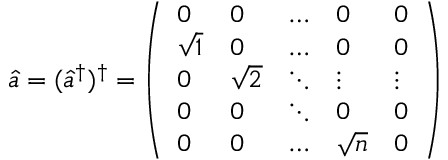
\hat { a } = ( \hat { a } ^ { \dagger } ) ^ { \dagger } = \left( \begin{array} { l l l l l } { 0 } & { 0 } & { \dots } & { 0 } & { 0 } \\ { \sqrt { 1 } } & { 0 } & { \dots } & { 0 } & { 0 } \\ { 0 } & { \sqrt { 2 } } & { \ddots } & { \vdots } & { \vdots } \\ { 0 } & { 0 } & { \ddots } & { 0 } & { 0 } \\ { 0 } & { 0 } & { \dots } & { \sqrt { n } } & { 0 } \end{array} \right)